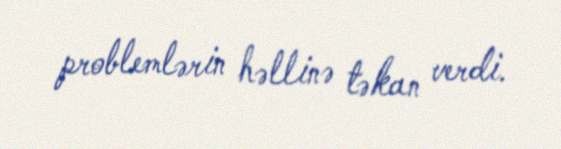
problemlərin həllinə təkan verdi.